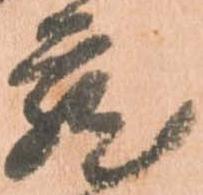
蔵